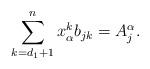
LaTeX: \begin{align*}\sum^{n}_{k=d_{1}+1}x^{k}_{\alpha}b_{jk}=A_j^\alpha.\end{align*}